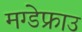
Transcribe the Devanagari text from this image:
मग्डेफ्राउ